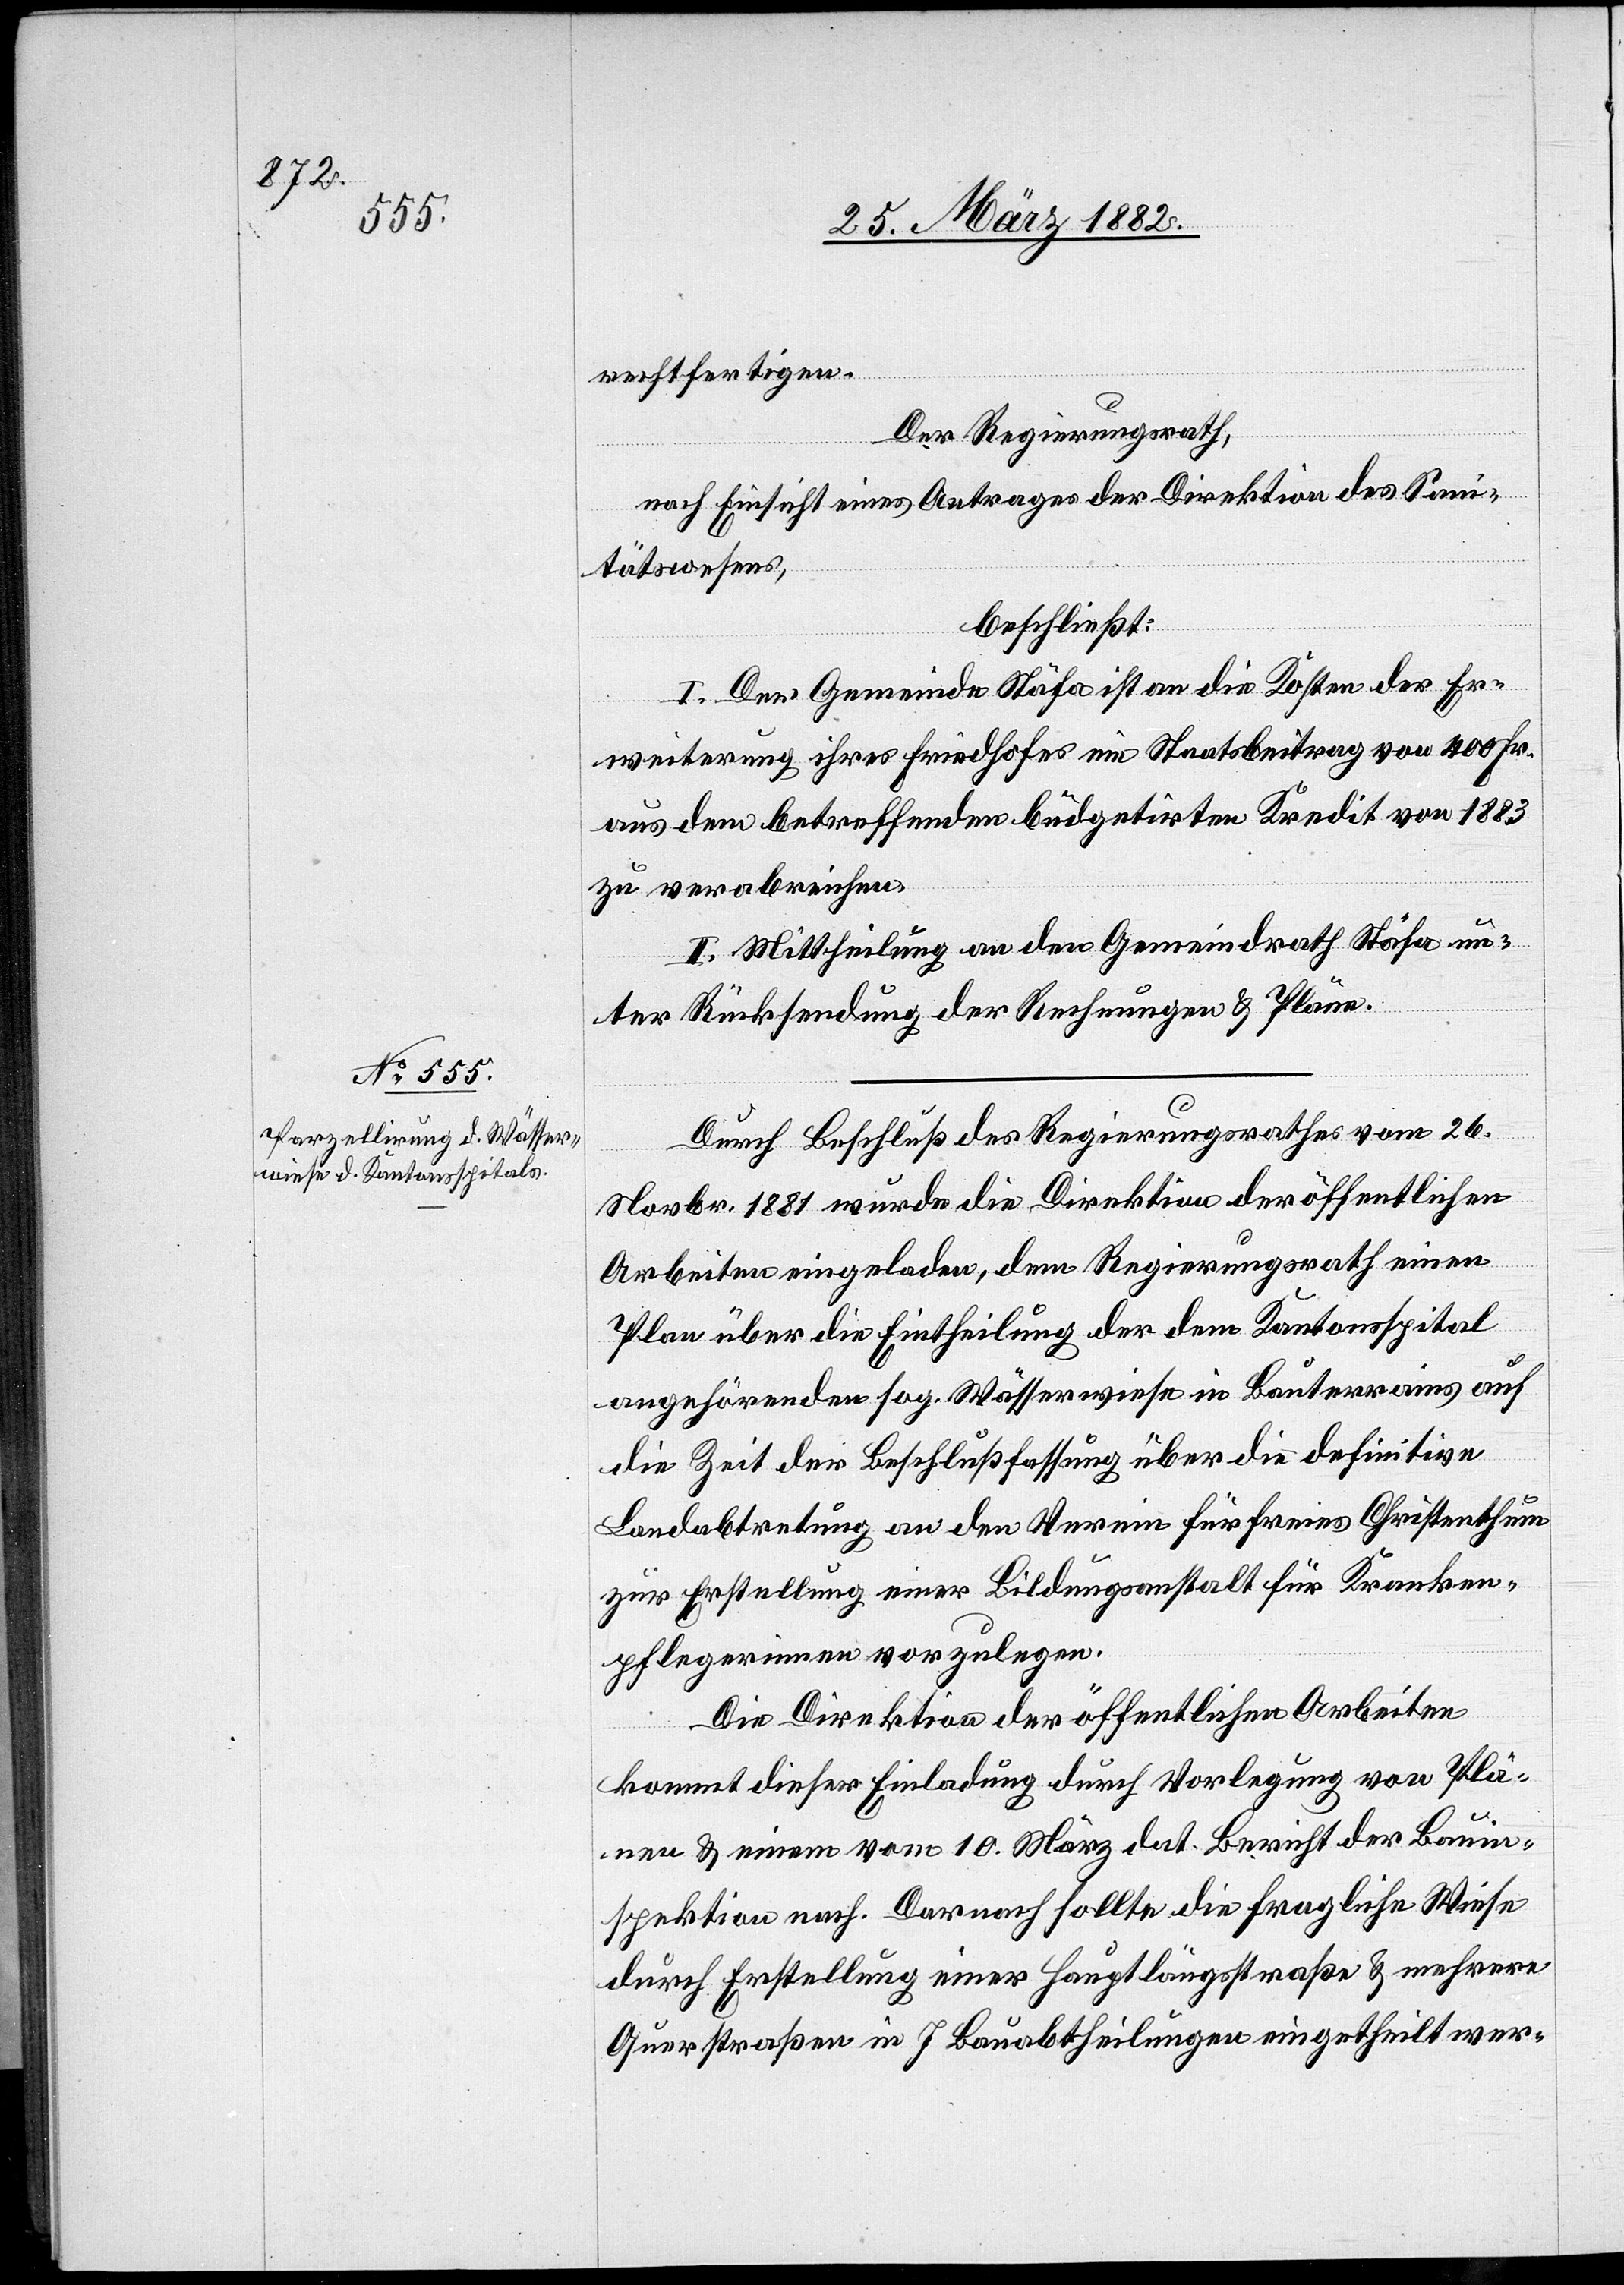
rechtfertigen.
Der Regierungsrath,
nach Einsicht eines Antrages der Direktion des San¬
itätswesens,
beschließt:
I. Der Gemeinde Stäfa ist an die Kosten der Er¬
weiterung ihres Friedhofes ein Staatsbeitrag von 400 Fr.
aus dem betreffenden büdgetirten Kredit von 1883
zu verabreichen.
II. Mittheilung an den Gemeindrath Stäfa un¬
ter Rücksendung der Rechnungen & Pläne.
Durch Beschluß des Regierungsrathes vom 26.
Novbr. 1881 wurde die Direktion der öffentlichen
Arbeiten eingeladen, dem Regierungsrath einen
Plan über die Eintheilung der dem Kantonsspital
angehörenden sog. Wässerwiese in Bauterrains auf
die Zeit der Beschlußfassung über die definitive
Landabtretung an den Verein für freies Christenthum
zur Erstellung einer Bildungsanstalt für Kranken¬
pflegerinnen vorzulegen.
Die Direktion der öffentlichen Arbeiten
kommt dieser Einladung durch Vorlegung von Plä¬
nen & einem vom 10. März dat. Bericht der Bauin¬
spektion nach. Darnach sollte die fragliche Wiese
durch Erstellung einer Hauptlängsstraße & mehrere
Querstraßen in 7 Bauabtheilungen eingehteilt wer-